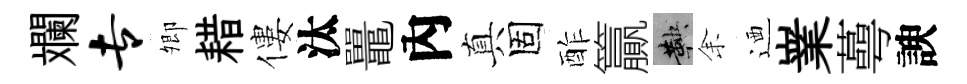
斕专𡖖耤僂汰鼉內真固酢籯鞅𪜬迺嶪蕚諛